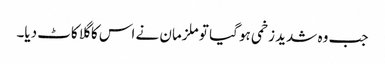
جب وہ شدید زخمی ہو گیا تو ملزمان نے اس کا گلا کاٹ دیا۔